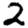
Digit: 2